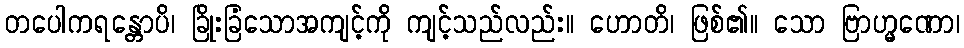
တပေါကရန္တောပိ၊ ခြိုးခြံသောအကျင့်ကို ကျင့်သည်လည်း။ ဟောတိ၊ ဖြစ်၏။ သော ဗြာဟ္မဏော၊